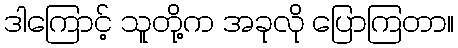
ဒါကြောင့် သူတို့က အခုလို ပြောကြတာ။